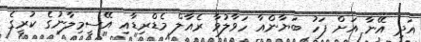
އަދި އޭނާ އަށް ފަހު ބަޔާންއާ ހަވާލުވާ ރެއާލް މެޑްރިޑާއި އޭސީމިލާނުގެ ކުރީގެ